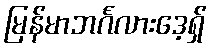
မြန်မာဘင်္ဂလားဒေ့ရှ်